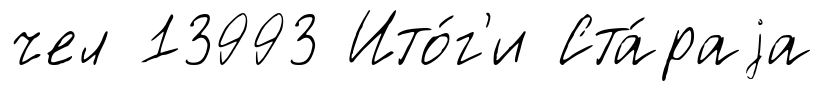
чел 13993 Ито́г'и Ста́раjа